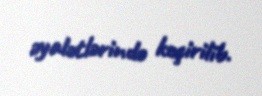
əyalətlərində keçirilib.